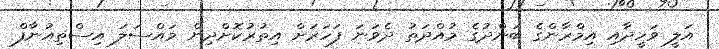
އަލީ ވަހީދާއި އިމްރާންގެ ބަންދުގެ މުއްދަތު ދެވަނަ ފަހަރަށް އިތުރުކޮށްދިން މައްސަލަ އިސްތިއުނާފް